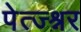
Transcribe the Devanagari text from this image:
पेत्ज्श्नर